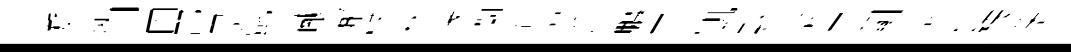
游提汩囚邵景氈憤𪩘懈擘秋邃蘭卷漫牡鵬弄凱默談皁鬬談食樣渙塡